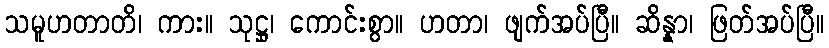
သမူဟတာတိ၊ ကား။ သုဋ္ဌု၊ ကောင်းစွာ။ ဟတာ၊ ဖျက်အပ်ပြီ။ ဆိန္နာ၊ ဖြတ်အပ်ပြီ။